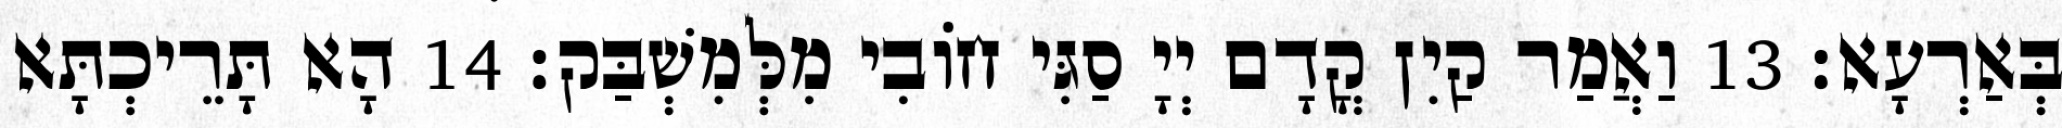
בְּאַרְעָא׃ 13 וַאֲמַר קַיִן קֳדָם יְיָ סַגִּי חוֹבִי מִלְּמִשְׁבַּק׃ 14 הָא תָּרֵיכְתָּא